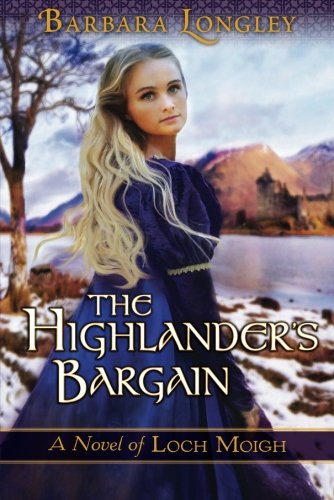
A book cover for The Highlander's Bargain (The Novels of Loch Moigh); Barbara Longley; Romance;